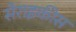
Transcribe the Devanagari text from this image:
सेराइकीस